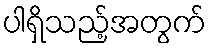
ပါရှိသည့်အတွက်